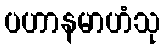
ပဟာနမာဟံသု